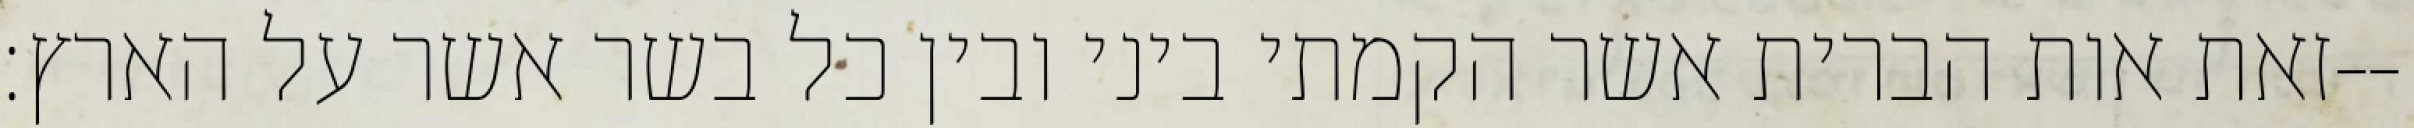
זאת אות הברית אשר הקמתי ביני ובין כל בשר אשר על הארץ׃--